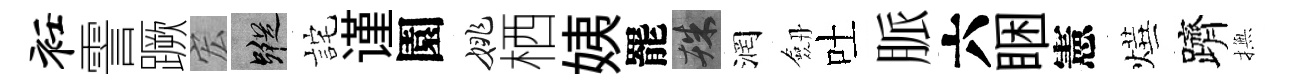
衽霅蹶宏蹤詫谨園姚栖姨罷殊润劔吐脈六睏憲燁躋撫